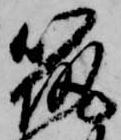
筑